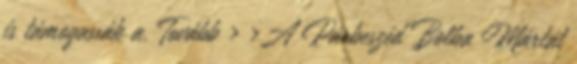
is támogassák a. Tovább › ›A Párbeszéd Bolba Mártát